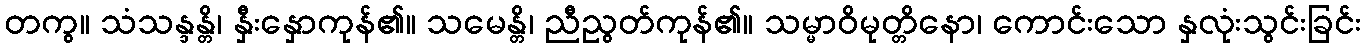
တကွ။ သံသန္ဒန္တိ၊ နှီးနှောကုန်၏။ သမေန္တိ၊ ညီညွတ်ကုန်၏။ သမ္မာဝိမုတ္တိနော၊ ကောင်းသော နှလုံးသွင်းခြင်း